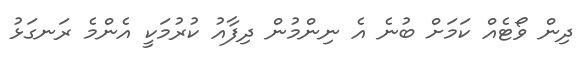
ދިން ވޯޓެއް ކަމަށް ބުނެ އެ ނިންމުން ދިފާއު ކުރުމަކީ އެންމެ ރަނގަޅު